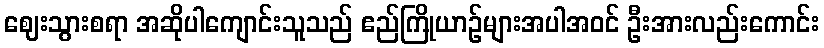
ဈေးသွားစရာ အဆိုပါကျောင်းသူသည် ဧည်ကြိုယာဉ်များအပါအဝင် ဦးအားလည်းကောင်း